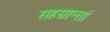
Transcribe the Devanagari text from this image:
सहस्रान्तां